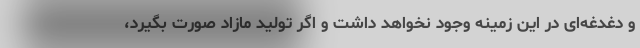
و دغدغه‌ای در این زمینه وجود نخواهد داشت و اگر تولید مازاد صورت بگیرد،